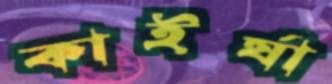
কাইর্যা